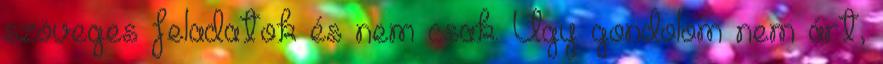
szöveges feladatok és nem csak. Úgy gondolom nem árt,